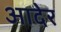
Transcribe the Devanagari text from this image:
आदेर